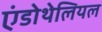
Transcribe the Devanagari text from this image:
एंडोथेलियल